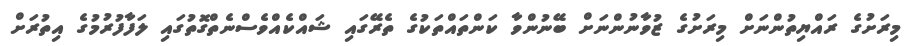
މިރަށުގެ ރައްޔިތުންނަށް މިރަށުގެ ޒުވާނުންނަށް ބޭނުންވާ ކަންތައްތަކުގެ ތެރޭގައި ޝައްކެއްވެސްނެތްގޮތުގައި ލަފާފުރުމުގެ އިތުރަށް